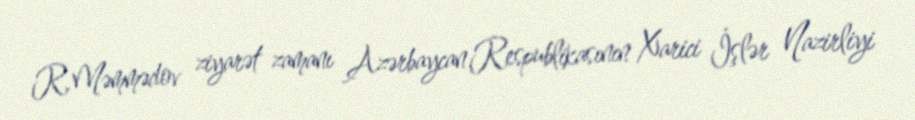
R.Məmmədov ziyarət zamanı Azərbaycan Respublikasının Xarici İşlər Nazirliyi